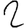
Digit: 2